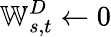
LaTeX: \mathbb{W}_{s,t}^{D}\gets 0